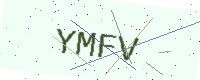
Text: YMFV